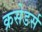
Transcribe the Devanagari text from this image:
क्रसेडर्स